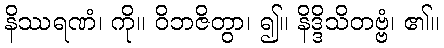
နိဿရဏံ၊ ကို။ ဝိဘဇိတွာ၊ ၍။ နိဒ္ဒိသိတဗ္ဗံ၊ ၏။